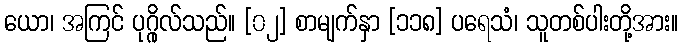
ယော၊ အကြင် ပုဂ္ဂိုလ်သည်။ [၀၂] စာမျက်နှာ [၁၁၈] ပရေသံ၊ သူတစ်ပါးတို့အား။